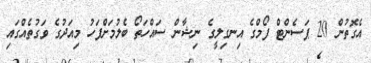
އެގޮތުން 20 ޕަސެންޓް ފޯމްގެ އިނގިލީގެ ނިޝާން ސައްހަތޯ ބެލުމަށްފަހު މިއަދުގެ ވަގުތެއްގައި